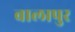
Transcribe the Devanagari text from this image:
बालापुर